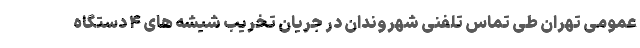
عمومی تهران طی تماس تلفنی شهروندان در جریان تخریب شیشه های ۴ دستگاه